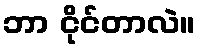
ဘာ ငိုင်တာလဲ။